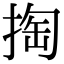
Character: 掏